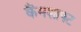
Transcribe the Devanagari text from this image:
कैंमशाफ्ट